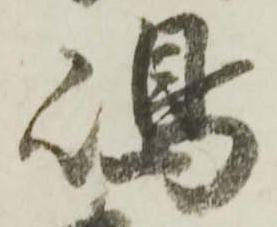
嶋